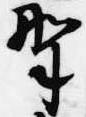
野